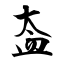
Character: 盇